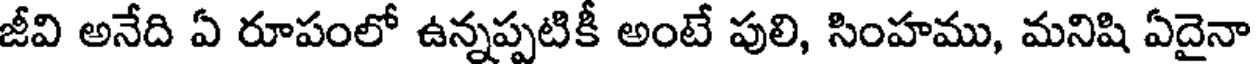
జీవి అనేది ఏ రూపంలో ఉన్నప్పటికీ అంటే పులి, సింహము, మనిషి ఏదైనా